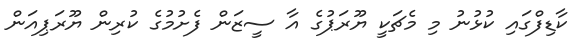
ކާޑިފްގައި ކުޅުނު މި މެޗަކީ ޔޫރަޕުގެ އާ ސީޒަން ފެށުމުގެ ކުރިން ޔޫރަޕިއަން